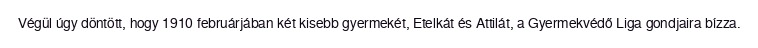
Végül úgy döntött, hogy 1910 februárjában két kisebb gyermekét, Etelkát és Attilát, a Gyermekvédő Liga gondjaira bízza.